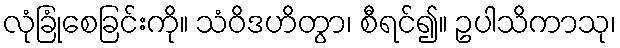
လုံခြုံစေခြင်းကို။ သံဝိဒဟိတွာ၊ စီရင်၍။ ဥပါသိကာသု၊